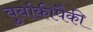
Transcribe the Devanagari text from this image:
बुर्बाकींपैकी